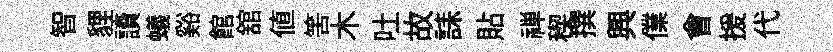
智貍讀蟻谿館舘値筈木吐故誄貼禅稧撰興㒒㑹援代